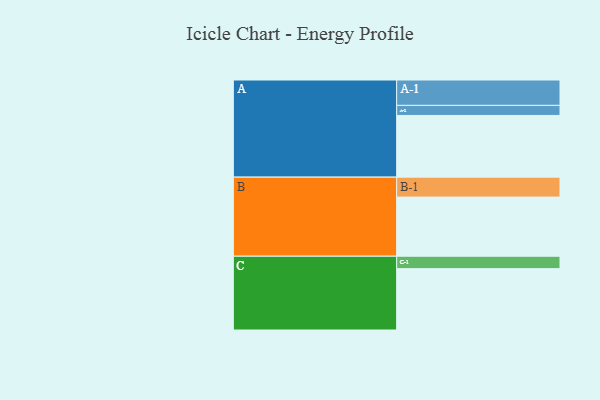
{"axis": {"x": "Segment", "y": "Value"}, "legend": ["", "A", "B", "C"], "data": [{"x": "A", "y": 581, "type": ""}, {"x": "B", "y": 557, "type": ""}, {"x": "C", "y": 578, "type": ""}, {"x": "A-1", "y": 239, "type": "A"}, {"x": "A-2", "y": 95, "type": "A"}, {"x": "B-1", "y": 188, "type": "B"}, {"x": "C-1", "y": 117, "type": "C"}]}